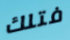
فتلك